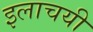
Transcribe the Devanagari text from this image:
इलाचयी